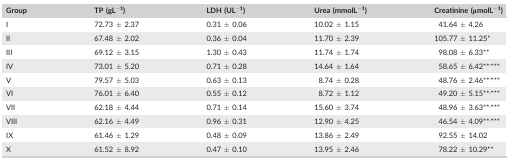
| Group | TP (gL−1) | LDH (UL−1) | Urea (mmolL−1) | Creatinine (μmolL−1) |
 | --- | --- | --- | --- | --- |
 | I | 72.73 ± 2.37 | 0.31 ± 0.06 | 10.02 ± 1.15 | 41.64 ± 4.26 |
 | II | 67.48 ± 2.02 | 0.36 ± 0.04 | 11.70 ± 2.39 | 105.77 ± 11.25a |
 | III | 69.12 ± 3.15 | 1.30 ± 0.43 | 11.74 ± 1.74 | 98.08 ± 6.33b |
 | IV | 73.01 ± 5.20 | 0.71 ± 0.28 | 14.64 ± 1.64 | 58.65 ± 6.42b,c |
 | V | 79.57 ± 5.03 | 0.63 ± 0.13 | 8.74 ± 0.28 | 48.76 ± 2.46b,c |
 | VI | 76.01 ± 6.40 | 0.55 ± 0.12 | 8.72 ± 1.12 | 49.20 ± 5.15b,c |
 | VII | 62.18 ± 4.44 | 0.71 ± 0.14 | 15.60 ± 3.74 | 48.96 ± 3.63b,c |
 | VIII | 62.16 ± 4.49 | 0.96 ± 0.31 | 12.90 ± 4.25 | 46.54 ± 4.09b,c |
 | IX | 61.46 ± 1.29 | 0.48 ± 0.09 | 13.86 ± 2.49 | 92.55 ± 14.02 |
 | X | 61.52 ± 8.92 | 0.47 ± 0.10 | 13.95 ± 2.46 | 78.22 ± 10.29b |